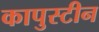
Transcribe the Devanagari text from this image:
कापुस्टीन